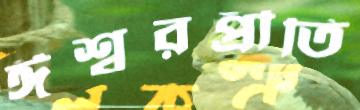
ঈশ্বরপ্রীতি